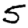
Digit: 5